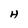
Character: H